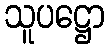
သူပဋ္ဌော